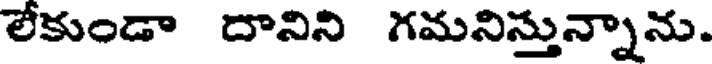
లేకుండా దానిని గమనిస్తున్నాను.